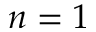
n = 1